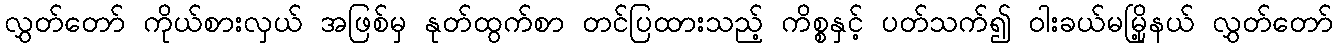
လွှတ်တော် ကိုယ်စားလှယ် အဖြစ်မှ နုတ်ထွက်စာ တင်ပြထားသည့် ကိစ္စနှင့် ပတ်သက်၍ ဝါးခယ်မမြို့နယ် လွှတ်တော်